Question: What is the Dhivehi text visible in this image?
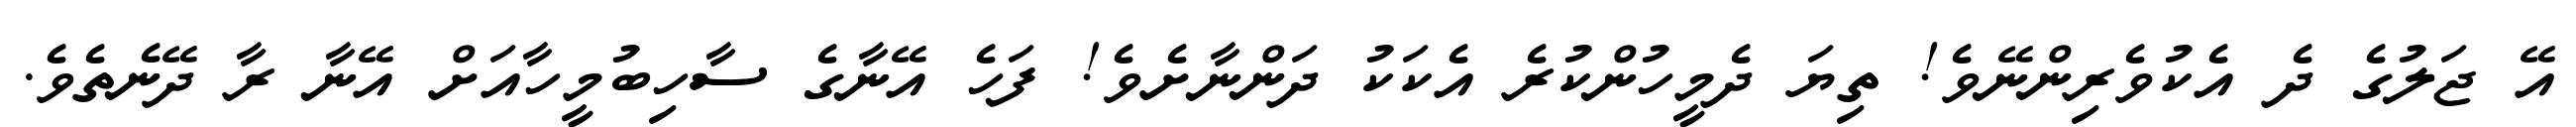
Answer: އޭ ޖަލުގެ ދެ އެކުވެރިންނޭވެ! ތިޔަ ދެމީހުންކުރެ އެކަކު ދަންނާށެވެ! ފަހެ އޭނާގެ ސާހިބުމީހާއަށް އޭނާ ރާ ދޭނެތެވެ.